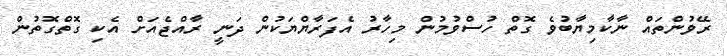
ރޭވުންތައް ނާކާމިޔާބުވެ ގޮތް ހުސްވުމުން މިހާރު އެފަރާޔްޔަކުން ދަނީ ރާއްޖެއަށް އެކި ގޮތްގޮތުން